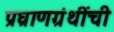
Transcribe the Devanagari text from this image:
प्रघ्राणग्रंथींची